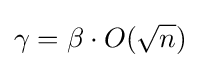
\gamma =\beta \cdot O({\sqrt {n}})